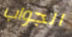
الجواب